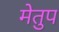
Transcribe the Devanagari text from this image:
मेेतुप